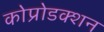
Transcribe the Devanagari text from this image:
कोप्रोडक्शन